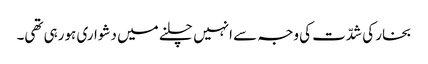
بخار کی شدّت کی وجہ سے انہیں چلنے میں دشواری ہورہی تھی۔